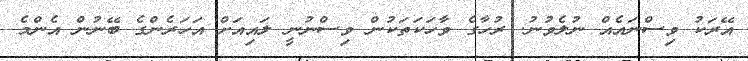
އޭރަކު ވިސްނައެއް ނުލެވުނު. ރުހާގެ ވާހަކަތަކުން ވިސްނުނީ ލައިއަށް އަހަރެންގެ ބޭނުން އެންމެ